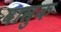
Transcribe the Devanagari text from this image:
वासुक